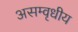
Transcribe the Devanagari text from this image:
असम्वृधीय